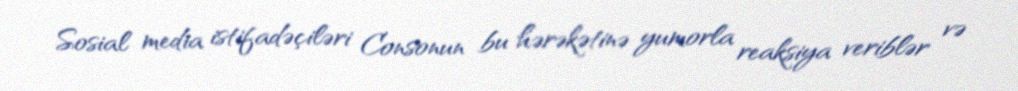
Sosial media istifadəçiləri Consonun bu hərəkətinə yumorla reaksiya veriblər və